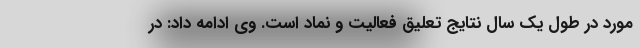
مورد در طول یک سال نتایج تعلیق فعالیت و نماد است. وی ادامه داد: در